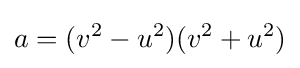
a=(v^{2}-u^{2})(v^{2}+u^{2})